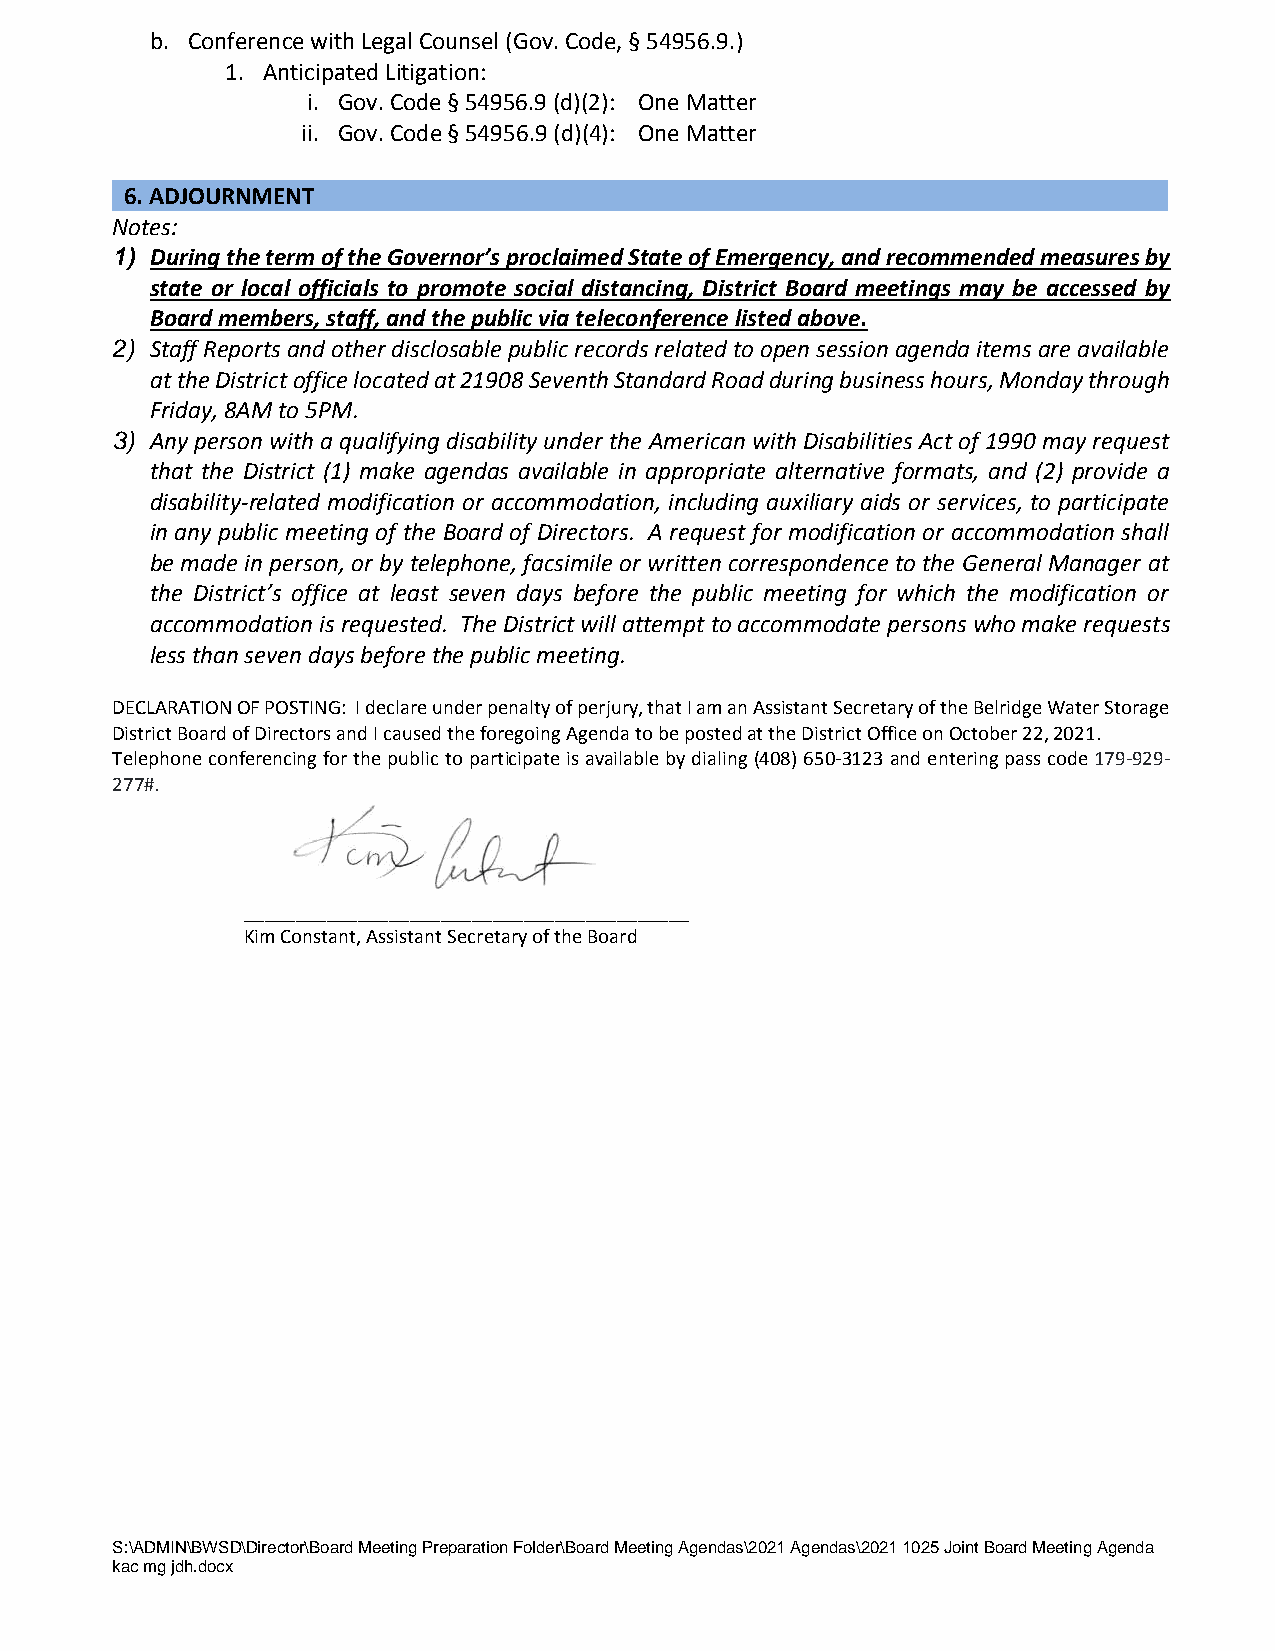
b. Conference with Legal Counsel (Gov. Code, § 54956.9.)
 1. Anticipated Litigation:
 i. Gov. Code § 54956.9 (d)(2): One Matter
 ii. Gov. Code § 54956.9 (d)(4): One Matter
 6. ADJOURNMENT
 Notes:
 1) During the term of the Governor’s proclaimed State of Emergency, and recommended measures by
 state or local officials to promote social distancing, District Board meetings may be accessed by
 Board members, staff, and the public via teleconference listed above.
 2) Staff Reports and other disclosable public records related to open session agenda items are available
 at the District office located at 21908 Seventh Standard Road during business hours, Monday through
 Friday, 8AM to 5PM.
 3) Any person with a qualifying disability under the American with Disabilities Act of 1990 may request
 that the District (1) make agendas available in appropriate alternative formats, and (2) provide a
 disability-related modification or accommodation, including auxiliary aids or services, to participate
 in any public meeting of the Board of Directors. A request for modification or accommodation shall
 be made in person, or by telephone, facsimile or written correspondence to the General Manager at
 the District’s office at least seven days before the public meeting for which the modification or
 accommodation is requested. The District will attempt to accommodate persons who make requests
 less than seven days before the public meeting.
 DECLARATION OF POSTING: I declare under penalty of perjury, that I am an Assistant Secretary of the Belridge Water Storage
 District Board of Directors and I caused the foregoing Agenda to be posted at the District Office on October 22, 2021.
 Telephone conferencing for the public to participate is available by dialing (408) 650-3123 and entering pass code 179-929-
 277#.
 ___________________________________________
 Kim Constant, Assistant Secretary of the Board
 S:\ADMIN\BWSD\Director\Board Meeting Preparation Folder\Board Meeting Agendas\2021 Agendas\2021 1025 Joint Board Meeting Agenda
 kac mg jdh.docx